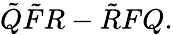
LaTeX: \tilde{Q}\tilde{F}R-\tilde{R}FQ.